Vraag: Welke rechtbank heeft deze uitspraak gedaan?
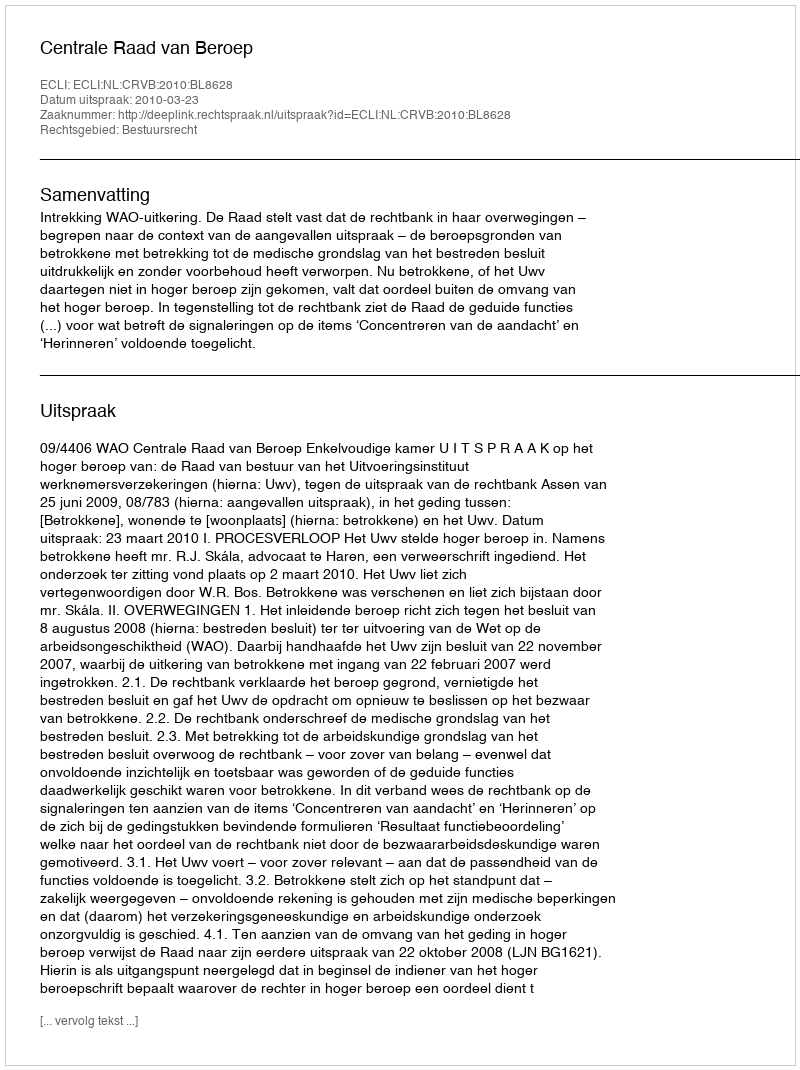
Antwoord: Centrale Raad van Beroep